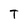
Character: T